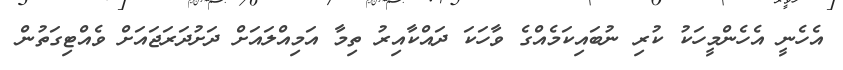
އެހެނީ އެހެންމީހަކު ކުރި ނުބައިކަމެއްގެ ވާހަކަ ދައްކާއިރު ތިމާ އަމިއްލައަށް ދަށުދަރަޖައަށް ވެއްޓިގަތުން